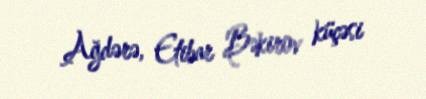
Ağdərə, Etibar Bəkirov küçəsi